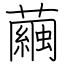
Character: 繭